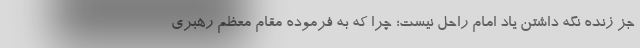
جز زنده نگه داشتن یاد امام راحل نیست؛ چرا که به فرموده مقام معظم رهبری